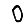
Digit: 0